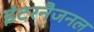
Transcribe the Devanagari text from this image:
इंटरनैजनल